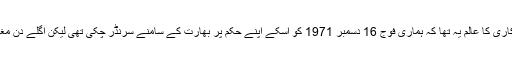
آوارہ و بدچلن جنرل یحیٰ خان کی ڈھٹائی اور فریب کاری کا عالم یہ تھا کہ ہماری فوج 16 دسمبر 1971 کو اسکے اپنے حکم پر بھارت کے سامنے سرنڈر چکی تھی لیکن اگلے دن مغربی پاکستان کی اخبارات کی شہہ سرخی یہ تھی کہ۔